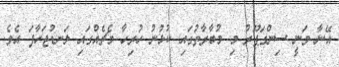
އޭނާ ވަނީ ސިންގަޕޫރު މި މުބާރާތުގައި ކުޅުނު ހުރިހާ މެޗެއްގައި ލަނޑުޖަހާފަ އެވެ.